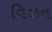
વિઝન